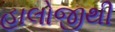
હાલોજીથી